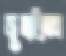
জুতাইতেন